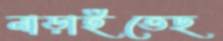
নাড়াইতেছ